Report of the Imperial Institute of Veterinary Research, Muktesar
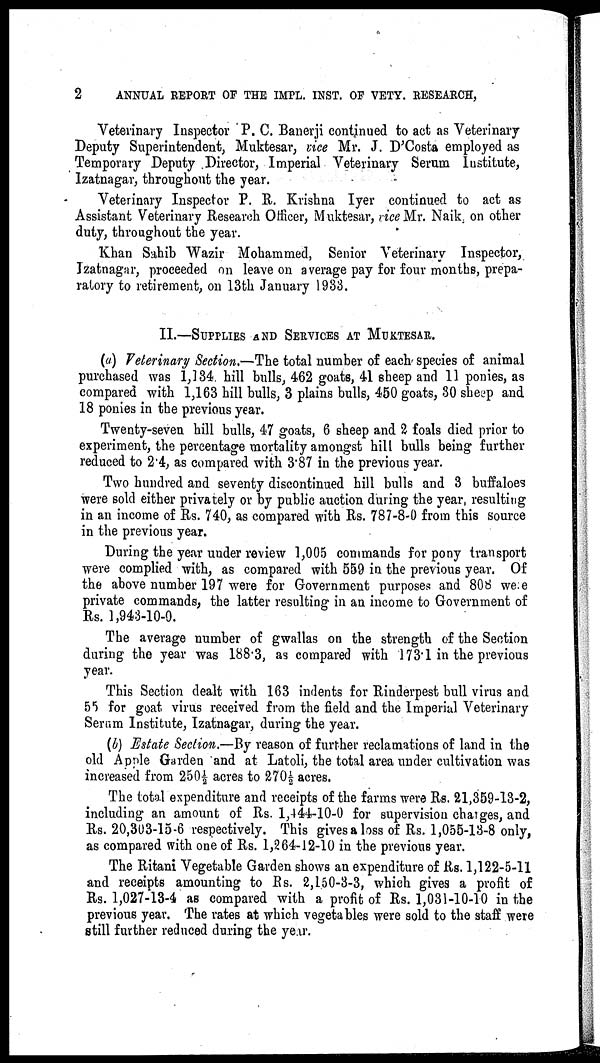
2
ANNUAL REPORT OF THE IMPL. INST. OF VETY. RESEARCH,
Veterinary Inspector P. C. Banerji continued to act as Veterinary
Deputy Superintendent, Muktesar, vice Mr. J. D'Costa employed as
Temporary Deputy Director, Imperial Veterinary Serum Institute,
Izatnagar, throughout the year.
Veterinary Inspector P. R. Krishna Iyer continued to act as
Assistant Veterinary Research Officer, Muktesar, vice Mr. Naik, on other
duty, throughout the year.
Khan Sahib Wazir Mohammed, Senior Veterinary Inspector,
Izatnagar, proceeded on leave on average pay for four months, prepa-
ratory to retirement, on 13th January 1933.
II.—SUPPLIES AND SERVICES AT MUKTESAR.
(a) Veterinary Section.—The total number of each species of animal
purchased was 1,134 hill bulls, 462 goats, 41 sheep and 11 ponies, as
compared with 1,163 hill bulls, 3 plains bulls, 450 goats, 30 sheep and
18 ponies in the previous year.
Twenty-seven hill bulls, 47 goats, 6 sheep and 2 foals died prior to
experiment, the percentage mortality amongst hill bulls being further
reduced to 2.4, as compared with 3.87 in the previous year.
Two hundred and seventy discontinued hill bulls and 3 buffaloes
were sold either privately or by public auction during the year, resulting
in an income of Rs. 740, as compared with Rs. 787-8-0 from this source
in the previous year.
During the year under review 1,005 commands for pony transport
were complied with, as compared with 559 in the previous year. Of
the above number 197 were for Government purposes and 808 we e
private commands, the latter resulting in an income to Government of
Rs. 1,943-10-0.
The average number of gwallas on the strength of the Section
during the year was 188.3, as compared with 173.1 in the previous
year.
This Section dealt with 163 indents for Rinderpest bull virus and
55 for goat virus received from the field and the Imperial Veterinary
Serum Institute, Izatnagar, during the year.
(b) Estate Section.—By reason of further reclamations of land in the
old Apple Garden and at Latoli, the total area under cultivation was
increased from 250½ acres to 270½ acres.
The total expenditure and receipts of the farms were Rs. 21,359-13-2,
including an amount of Rs. 1,444-10-0 for supervision charges, and
Rs. 20,303-15-6 respectively. This gives a loss of Rs. 1,055-13-8 only,
as compared with one of Rs. 1,264-12-10 in the previous year.
The Ritani Vegetable Garden shows an expenditure of Rs. 1,122-5-11
and receipts amounting to Rs. 2,150-3-3, which gives a profit of
Rs. 1,027-13-4 as compared with a profit of Rs. 1,031-10-10 in the
previous year. The rates at which vegetables were sold to the staff were
still further reduced during the year.